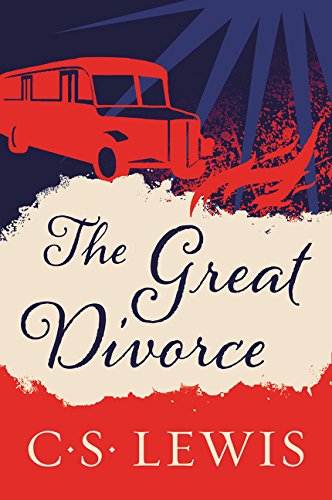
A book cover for The Great Divorce; C. S. Lewis; Literature & Fiction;